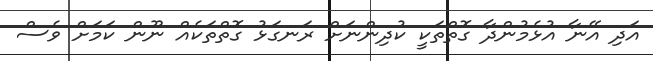
އަދި އޭނާ އުޅެމުންދާ ގޮތްތަކީ ކުދިންނަށް ރަނގަޅު ގޮތްތަކެއް ނޫން ކަމަށް ވެސް